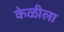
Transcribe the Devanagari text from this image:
केळीला